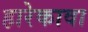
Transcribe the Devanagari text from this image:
हारेकावा